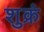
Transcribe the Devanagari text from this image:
शुक्रं